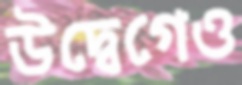
উদ্বেগেও